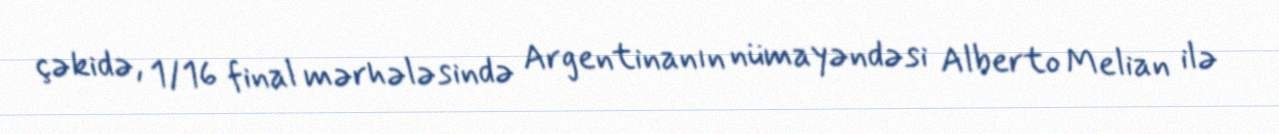
çəkidə, 1/16 final mərhələsində Argentinanın nümayəndəsi Alberto Melian ilə